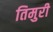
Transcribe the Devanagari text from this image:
तिमुरी